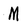
Character: M